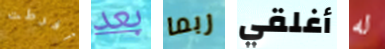
أفرطت بعد ربما أغلقي له